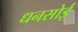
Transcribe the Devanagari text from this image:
धनसोई